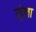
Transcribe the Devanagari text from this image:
उड़ेला